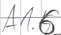
Text: A1.6